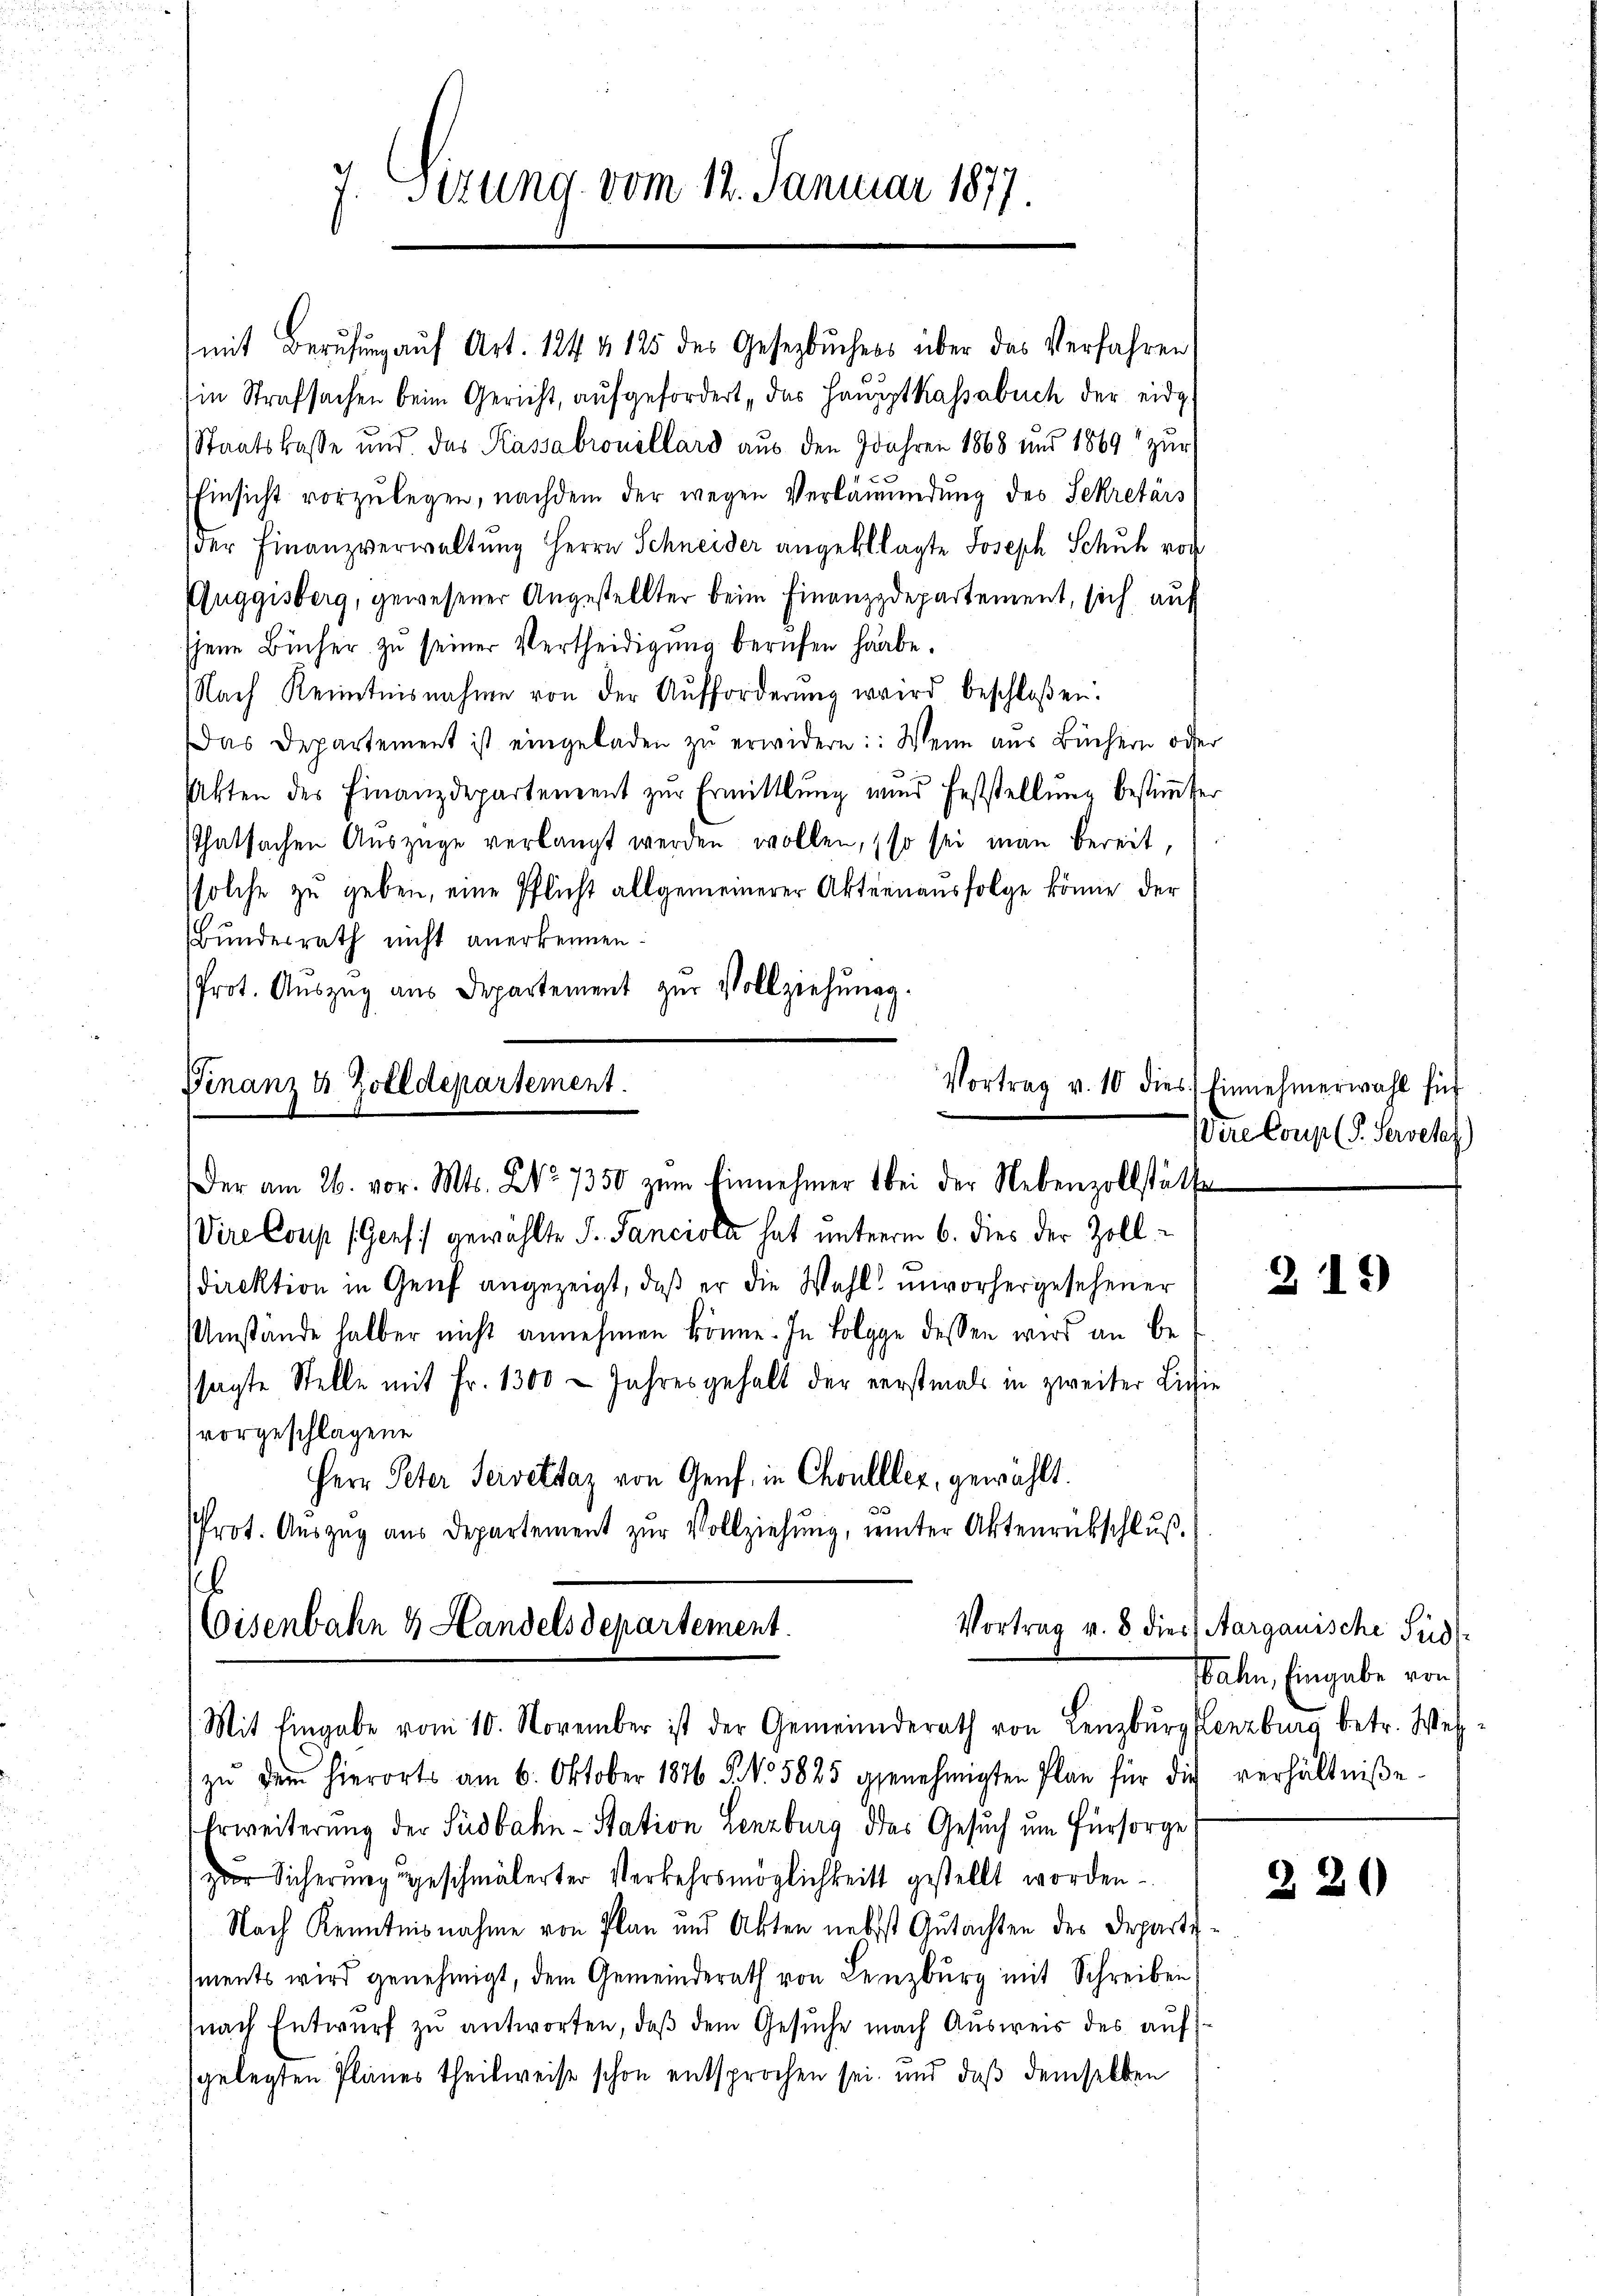
7. Sizung vom 12. Januar 1877.

(mit Berufung auf Art. 124 & 125 des Gesetzbuchers über das Verfahren
in Strafsachen beim Gericht, aŭfgefordert, das Hauptkassabuch der eidg
Staatskasse und das Kassabrouillard aus den Jahren 1868 und 1869 zur
Einsicht vorzŭlegen, nachdem der wegen Verläumdung des Sekretärs
der Finanzverwaltŭng Herrn Schneider angeklagte Joseph Schuh vor
Puggisberg, gewesener Angestellter beim Finanzdepartement, sich auf
jene Bücher zu seiner Vertheidigung berufen habe.
Nach Kenntnisnahme von der Aufforderung wird beschloßen:
Das Departement ist eingeladen zŭ erwidern: Wenn aus Büchern oder
Akten des Finanzdepartement zŭr Ermittlung nŭnd Feststellŭng bestimmter
Thatsachen Auszüge verlangt werden wollen, so sei man bereit,
solche zu geben, eine Pflicht allgemeinerer Aktienausfolge könne der
Bundesrath nicht anerkennen.
Prot. Aŭszŭg aŭs Departement zŭr Vollziehŭngg.
Finanz u. Zolldepartement.
Vortrag v. 10 dies Einnehmerwahl für
Der am 26. vor. Mts. No. 7350 zum Einnehmer bei der Nebenzollstätte
Vire Coup (Genf gewählte S. Sanciola hat unterm 6. dies der Zolldirektion in Genf angezeigt, daß er die Wahl unvorhergesehener
Umstände halber nicht annehmen könne. In Folge dessen wird an be
sagte Stelle mit Fr. 1300 - Jahres gehalt der verstmals in zweiter Lichie
vorgeschlagene
Herr Peter Seiveltaz von Genf, in Chonlller, gewählt.
Prot. Aŭszŭg aŭs Departement zŭr Vollziehŭng, unter Aktenrückschlŭβ
.

Vortrag v. 8 dies
Eisenbahn & Handels departement.
Mit Eingabe vom 10. November ist der Gemeinderath von Lenzburg Lenzburg betr. Wes

zŭ dem hierorts am 6. Oktober 1876 S. No 5825 genehmigten Plan für die verhältniβe
Erweiterung der Südbahn-Station Lenzburg das Gesuch um Fürsorge
zur Sicherung geschmälerter Verkehrsmöglichkeits gestellt worden.
Nach Kenntnisnahme von Plan und Akten nebst Gutachten des Departe
ments wird genehmigt, dem Gemeinderath von Lenzburg mit Schreiben
nach Entwŭrf zŭ antworten, daβ dem Gesŭche nach Aŭsweis des aŭf
gelegten Planes theilweise schon entsprochen sei, und daß demselben

Vire Coup (T. Servete)

219

) Aargauische Süd
ahn, Eingabe von

220